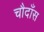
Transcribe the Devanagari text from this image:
चौदाँस